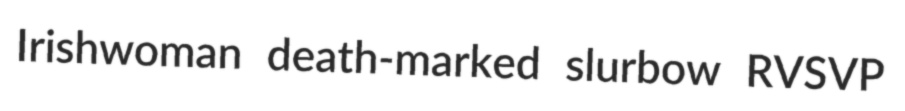
Irishwoman death-marked slurbow RVSVP